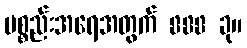
ပစ္စည်းအရေအတွက် 888 ခု။